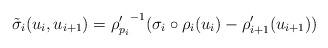
LaTeX: \begin{align*}\tilde{\sigma}_i(u_i,u_{i+1}) = {\rho_{p_i}'}^{-1}(\sigma_i \circ \rho_i(u_i) -\rho_{i+1}'(u_{i+1}))\end{align*}